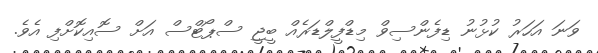
ވަނަ އަހަރު ކުޅުނު ޑިފެންސިވް މިޑްފީލްޑަރެއް ބީޖީ ސްޕޯޓްސް އަށް ސޮއިކޮށްފި އެވެ.